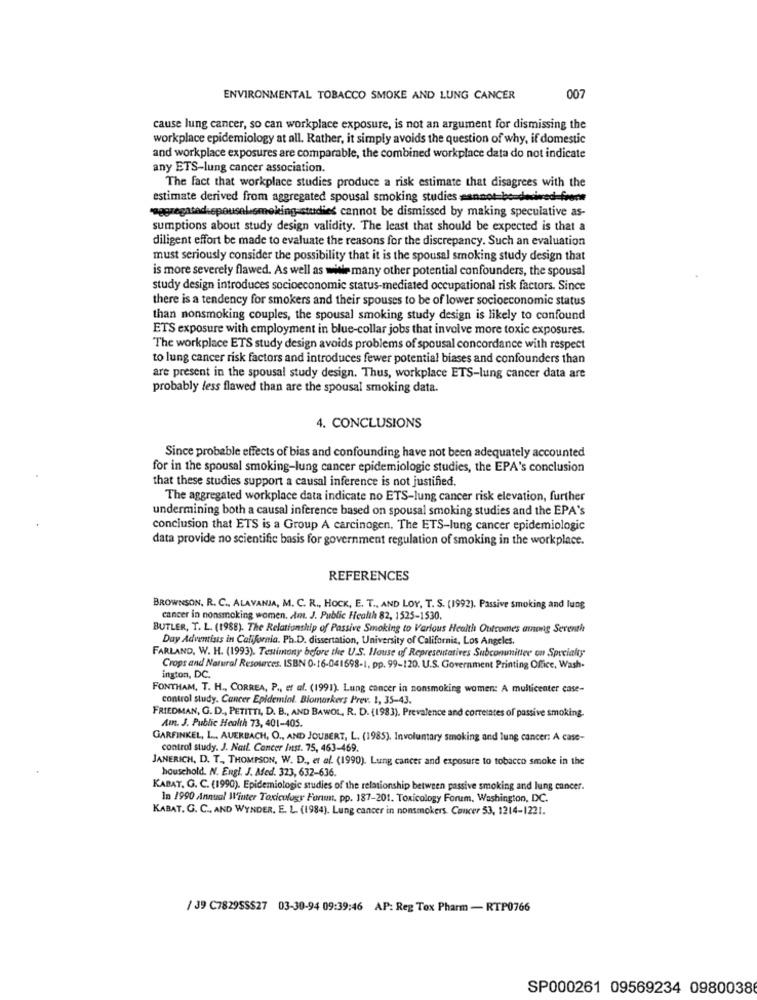
ENVIRONMENTAL TOBACCO SMOKE AND LUNG CANCER
007
cause lung cancer, so can workplace exposure, is not an argument for dismissing the
workplace epidemiology at all. Rather, it simply avoids the question of why, if domestic
and workplace exposures are comparable, the combined workplace data do not indicate
any ETS-lung cancer association.
The fact that workplace studies produce a risk estimate that disagrees with the
estimate derived from aggregated spousal smoking studies sannot boudwwwred-front
-aggregated.spousalsmoking-studieć cannot be dismissed by making speculative as-
sumptions about study design validity. The least that should be expected is that a
diligent effort be made to evaluate the reasons for the discrepancy. Such an evaluation
must seriously consider the possibility that it is the spousal smoking study design that
is more severely flawed. As well as mile many other potential confounders, the spousal
study design introduces socioeconomic status-mediated occupational risk factors. Since
there is a tendency for smokers and their spouses to be of lower socioeconomic status
than nonsmoking couples, the spousal smoking study design is likely to confound
ETS exposure with employment in blue-collar jobs that involve more toxic exposures.
The workplace ETS study design avoids problems of spousal concordance with respect
to lung cancer risk factors and introduces fewer potential biases and confounders than
are present in the spousal study design. Thus, workplace ETS-lung cancer data are
probably less flawed than are the spousal smoking data.
4. CONCLUSIONS
Since probable effects of bias and confounding have not been adequately accounted
for in the spousal smoking-lung cancer epidemiologic studies, the EPA's conclusion
that these studies support a causal inference is not justified.
The aggregated workplace data indicate no ETS-lung cancer risk elevation, further
undermining both a causal inference based on spousal smoking studies and the EPA's
conclusion that ETS is a Group A carcinogen. The ETS-lung cancer epidemiologic
data provide no scientific basis for government regulation of smoking in the workplace.
REFERENCES
BROWNSON, R. C ., ALAVANJA, M. C. R ., HOCK, E. T ., AND LOY, T. S. (1992). Passive smoking and lung
cancer in nonsmoking women. Ant. J. Public Health 82, 1525-1530.
BUTLER, T. L. (1988). The Relationship of Passive Smoking to Various Health Outcomes among Serenthe
Day Adventists in California. Ph.D. dissertation, University of California, Los Angeles.
FARLAND, W. H. (1993). Testimony before the U.S. House of Representatives Subcommittee on Specialty
Crops and Natural Resources. ISBN 0-16-041698-1, pp. 99-120. U.S. Government Printing Office, Wash-
ington, DC.
FONTHAM, T. H ., CORREA, P ., et al. (1991). Lung cancer in nonsmoking women: A multicenter case-
control study. Cancer Epidemiol. Biomarkers Prev. 1, 35-43.
FRIEDMAN, G. D ., PETITTI, D. B ., AND BAWOL, R. D. (1983). Prevalence and corretates of passive smoking.
Amn. J. Public Health 73, 401-405.
GARFINKEL, L ., AUERBACH, O ., AND JOUBERT, L. (1985). Involuntary smoking and lung cancer: A case-
control study. J. Nail. Cancer Inst. 75, 463-469.
JANERICH, D. T ., THOMPSON, W. D ., et al. (1990). Lung cancer and exposure to tobacco smoke in the
household. N. Engl. J. Ated. 323, 632-636.
KABAT. G. C. (1990). Epidemiologic studies of the relationship between passive smoking and lung cancer.
In 1990 Annual Winter Toxicology Fortun, pp. 187-201. Toxicology Forum, Washington, DC.
KABAT. G. C ., AND WYNDER. E. L. (1984). Lung cancer in nonsmokers. Cancer 53, 1214-1221.
/ 39 C7829SSS27 03-30-94 09:39:46 AP: Reg Tox Pharm - RTP0766
SP000261 09569234 0980038